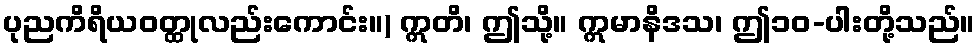
ပုညကိရိယဝတ္ထုလည်းကောင်း။) ဣတိ၊ ဤသို့။ ဣမာနိဒသ၊ ဤ၁၀-ပါးတို့သည်။